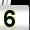
Digit: 5